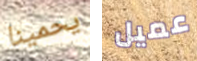
يحمينا عميل